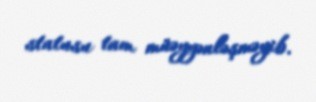
statusu tam müəyyənləşməyib.